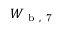
W _ { \mathrm { ~ b ~ , ~ 7 ~ } }